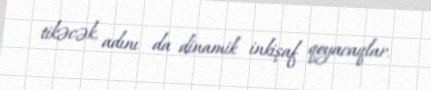
tikəcək, adını da dinamik inkişaf qoyacaqlar.